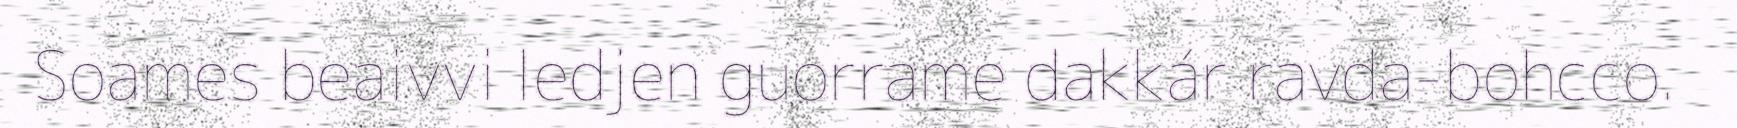
Soames beaivvi ledjen guorrame dakkár ravda-bohcco.